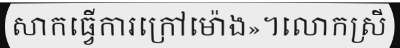
សាកធ្វើការក្រៅម៉ោង»។លោកស្រី